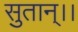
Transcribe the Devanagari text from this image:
सुतान्।।